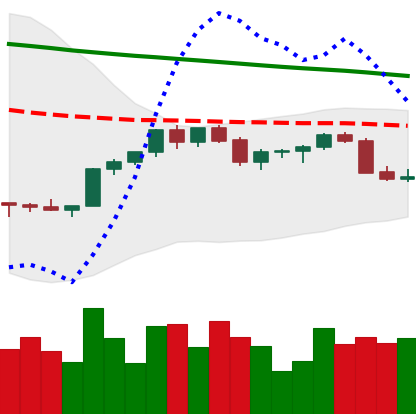
Ticker: XMR-USD
Chart end date: 2022-02-19
Forward return: -8.837%
Label: down_7plus